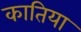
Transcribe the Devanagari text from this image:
कातिया